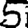
Digit: 5